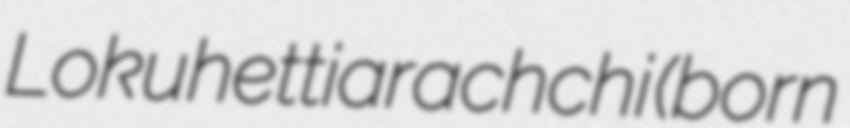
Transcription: Lokuhettiarachchi (born